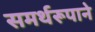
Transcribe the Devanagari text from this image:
समर्थरूपाने